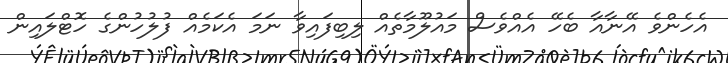
އެހެންވެ އޭނާއާ ބެހޭ އެއްވެސް މައުލޫމާތެއް ލިބިފައިވާ ނަމަ އެކަމެއް ފުލުހުންގެ ހޮޓްލައިން